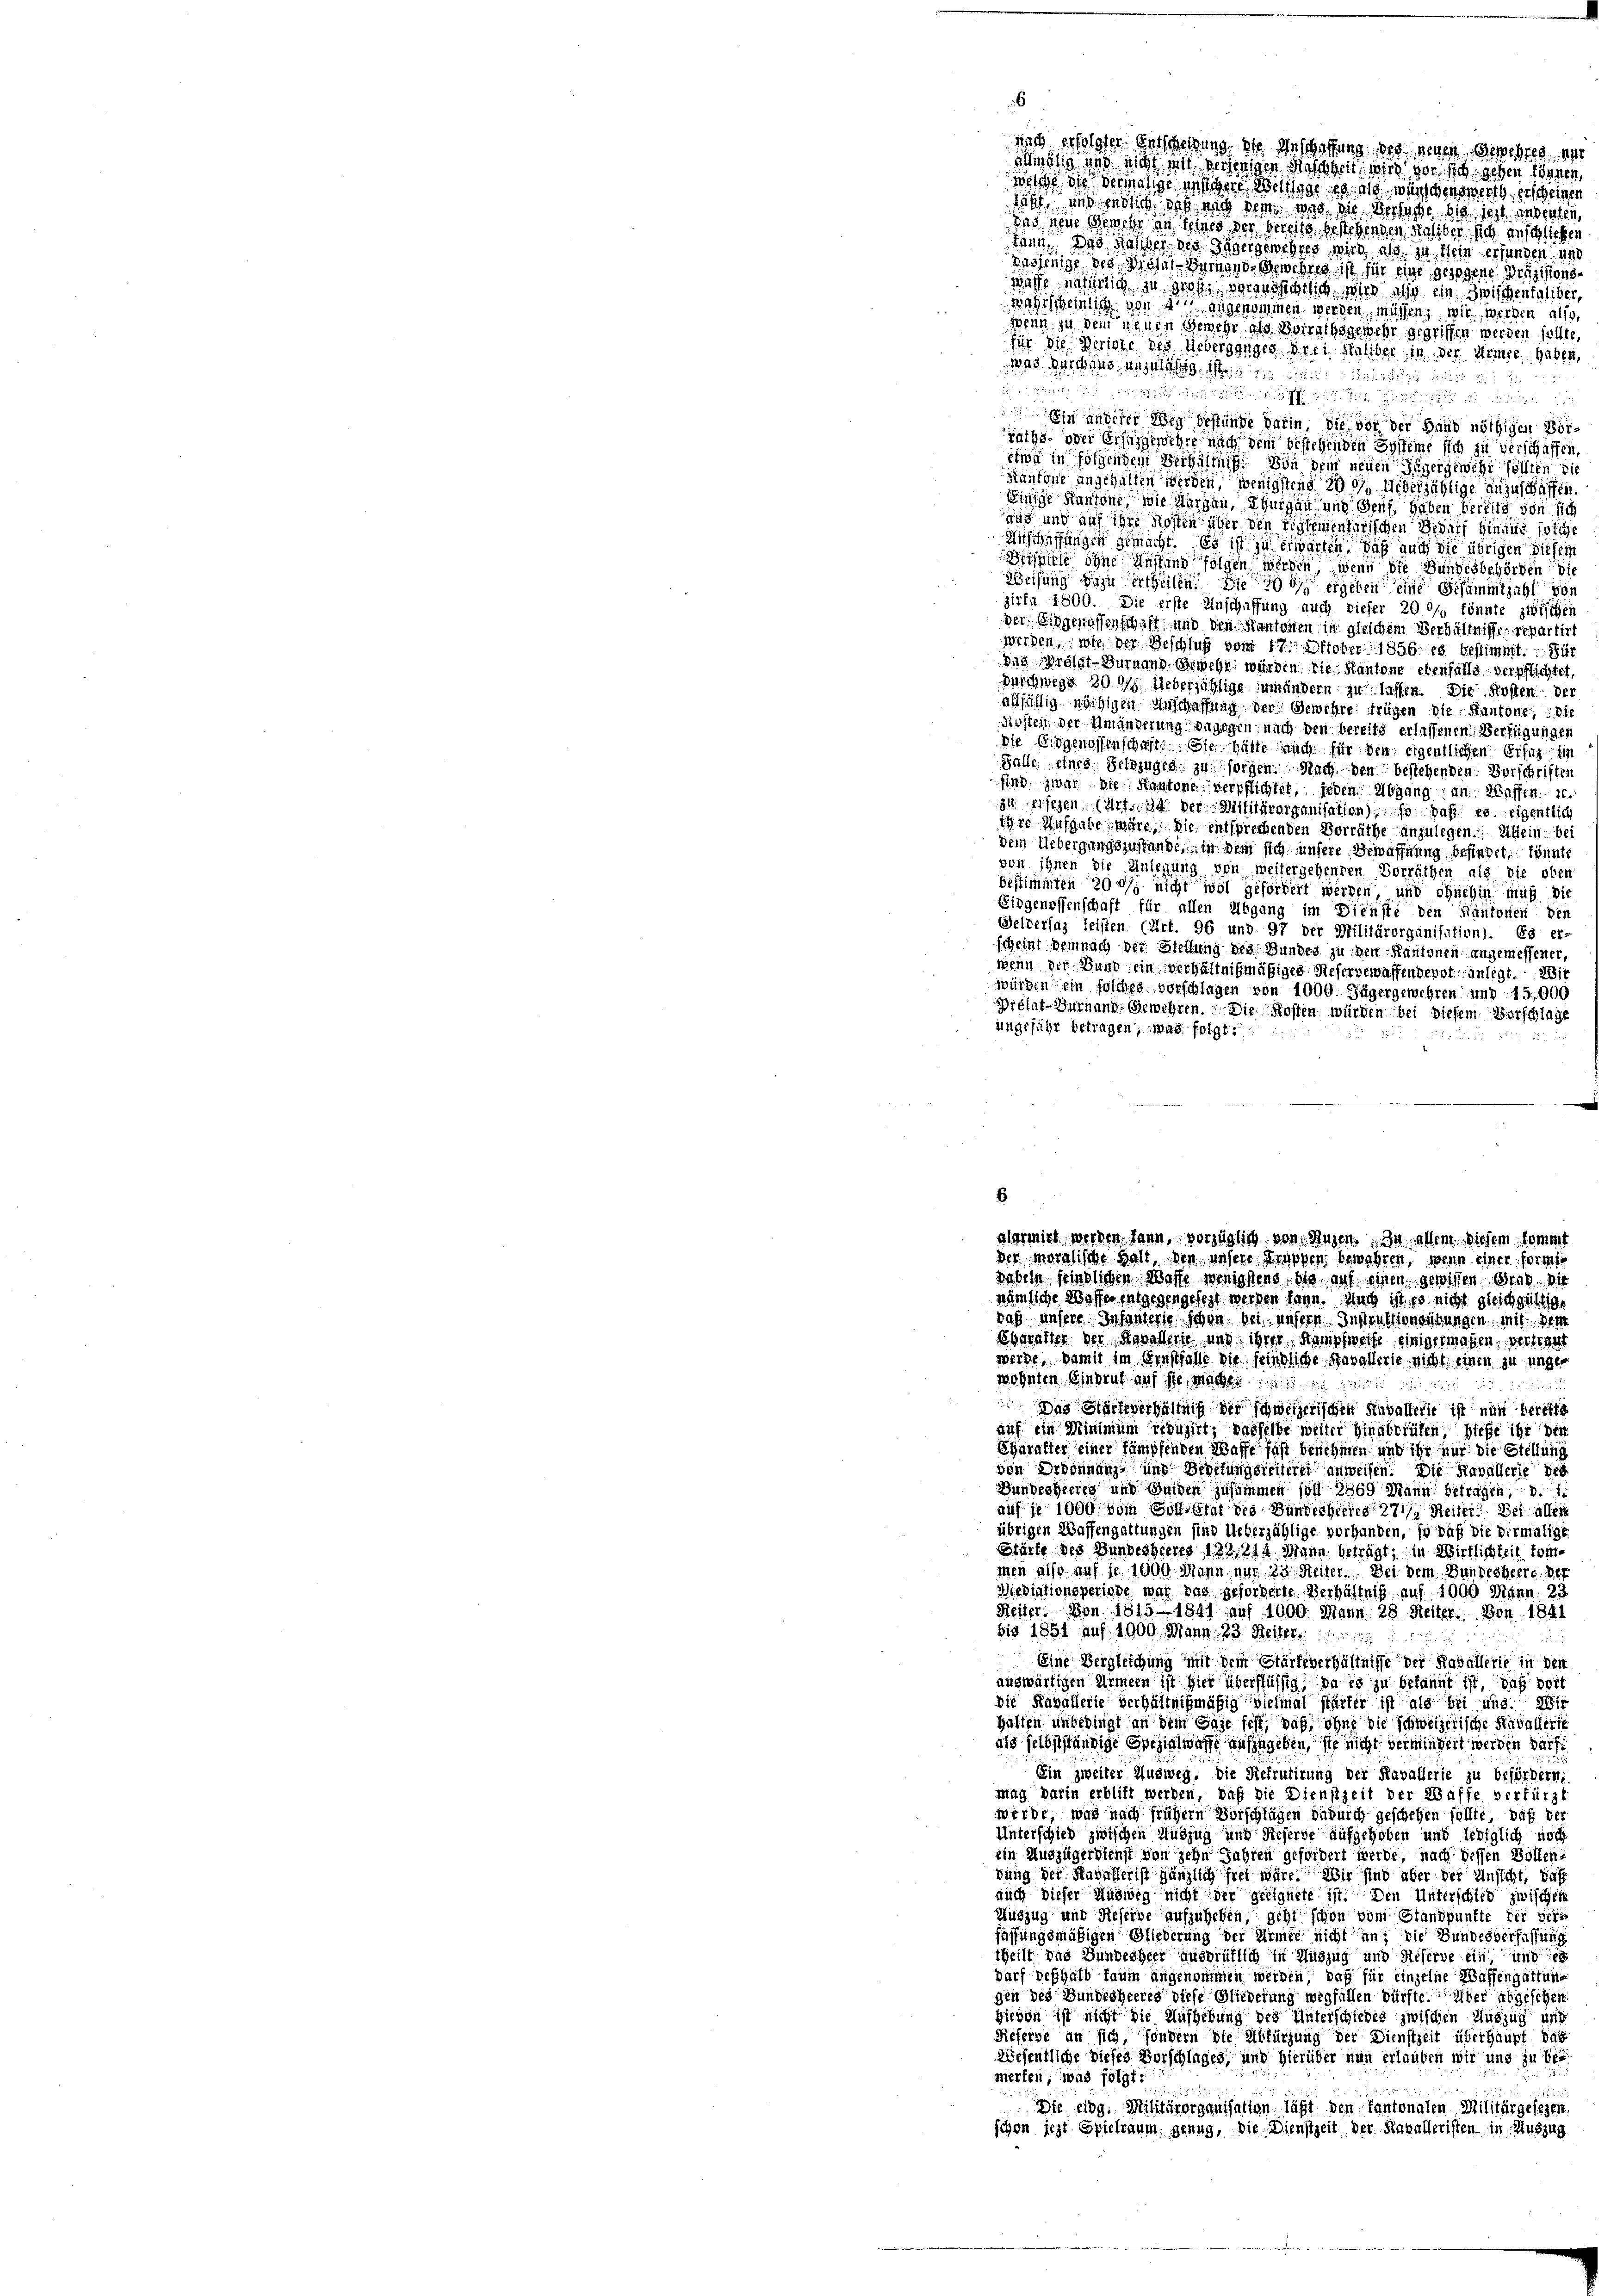
nach erfolgter Entscheidung, die Anschaffung des geben der ihres au
mälig und nicht mit derjenigen Maschheit wird vor sich gehen können,
welche die Vermalige unsere Welche es als wünschenswerth, erscheinen
tist, und endlich das und dem an die Versage bis ist anderten,
das neue Gewehr an seines der bereits gestehenden seliber, sich anschließen
kann. Das Halber des Ingergewehres wird als in klein erfunden, und
dasjenige des Moses demand, Gewehres ist für eine gezogene Präzisionswässe natürtig zu groß, vorausschrich wie also ein Zwischentaliber,
scheinlich von 47 angenommen werden, müssen, wie werden also,
wenn zu dem neuen Gewehr, als Vorrathsgewehr gegriffen werden sollte
für die Versone des Ueberganges drei Saliber in der Armee haben,
as Durchaus unzulässig ist diesen und in
 in de
in anderer Weg bestünde darin die vor der Hand nöthigen Vorräthe oder Ersuzgewehre nach dem bestehenden Systeme sich zu verschaffen,
etwa in folgenden Verhältnis. Von dem neuen Jägergewicht sollten die
Kantone angehalten werden, wenigstens 201. Ueberzählige anzuschaffen.
Einige Kantone, wie Margau, Thurgau und Genf, haben bereits von sich
und und auf ihre Kosten über den reglementarischen Bedarf hinwies solche
Anschaffungen gemacht. Es ist zu erwarten, daß auch die übrigen Sicher
ispiele ohne Anstand folgen werden, wenn die Bundesbehörden die
Weisung dazu ertheilen. Die doch ergeben eine Gesammtzahl von
zirfa 1800. Die erste Anschaffung auch dieser 20 °/o könnte zwischen
der Eidgenossenschaft und den Kantonen in gleichem Verhältnisses separtirt
werden, wie der Beschluß vom 17. Oktober 1856. es bestimmt. : Für
Das Prohal-Dürnen Gewehr wurden die Kantone ebenfalls verpflichtet
Durchwegs 201. Ueberzählige umändern zu lassen. Die Kosten der
allfällig nöthigen Anschaffung der Gewehre trügen die Kantone, die
Kosten, der Umänderung angegen nach den bereits erlassenen Verfügungen
Die Eidgenossenschaft. Sie hätte auch für den eigentlichen Erlag ein
Falle eines Herzagen zu sorgen. Nach den bestehenden Vorschriften
sind zwar die Kantone verpflichtet, jeden Abgang an Waffen. 10.
84. Dersezen Erfinde der Militärorganisation), so gab es eigentlich
tere Ausgabe wäre, die entsprechenden Vorräthe anzulegen. Allein be
dem Uebergangszustande, in dem sich unsere Bewaffnung befindet, könnte
von ihnen die Anlegung von weitergehenden Vorräthen als die ober
bestimmten 200 nicht wol gefordert werden, und ohnehin muß die
Eipgenossenschaft für allen Abgang im Dienste den Kantonen den
Geldersaz leisten (Art. 96 und 97 der Militärorganisation). Es er-
scheint demnach der Stellung des Bundes zu den Kantonen angemessener,
wenn der Bund ein verhältnißmäßiges Referbewaffenderet, anlegt. 211
würden ein solches vorschlagen von 1000. Jägergewehren und 15,000
Prélat-Turnand Gewehren. Die Rossen würden bei diesem Vorschlage
uangeführ betragen, was folgt

6

aormirt werden. dann, vorzüglich von Augen. In allem diesem kommt
der moralische Halt, den unsere Gruppen bewahren, wenn einer formi
Latein feindlichen Wasse wenigstens, die auf einen gewissen Grad die
nämliche Waffen entgegengelegt werden kann. Auch ist es nicht gleichgültige

daß unsere Infanterie schon bei unsern Instruktionsebungen mit der
Charakter der Kavallen und ihrer Kampfweise einigermaßen, vertiger
werde, damit im Ernstfalle die friedliche Kavallerle nicht einen zu unge
wohnten Eindruf auf sie, mache. 18
32
Zierr
 Das Harteverhältniß der schweizerischen Kavallerie ist nun bereite
auf ein Minimum reduzirt, dasselbe weiter hinabtrüfen hieße ihr der
Charakter einer kämpfenden Waffe fast benehmen und ihr nur die Stellung
von Ordonnung und Bedelungsleiterer anweisen. Die Kavallerie des
Bundesheeres und Beiden zusammen soll 2869 Mann betragen,
auf je 1000 vom Soll-Etat des Bunderheit 271) Reiter: Bei aller
übrigen Waffengattungen sind Ueberjählige vorhanden, so daß die vermalige
Stärte des Bundesheeres 122. 214. Mann beträgt; in Wirtlichkeit kommen also auf je 1000 Mann, nur 23. Seiter. Bei dem Bundesheere. Der
Wiediationsperinde war pas, geforderte. Verhältniß auf 1000 Mann 23
Reiter. Von 1815. 1941 auf 1000. Mann 28 Reiter. Von 1841
bis 1851 auf 1900. Mann 23. Reiter.
Eine Vergleichung mit dem Stärfeverhältnisse der Kavallerie in den
auswärtigen Armeen ist hier überflüssig, da es zu bekannt ist, daß vort
Die Kavallerie verhältnißmäßig vielmal stärker ist als bei uns. Wir
Hätten unbedingt an dem Gase fest, daß, ohne die schweizerische Kavalierte
als selbstständige Spezialwaffe aufzugeben, sie nicht vermindert werden darf.
Ein zweiter Ausweg, die Refrutirung der Kavallerie zu befördern,
mag darin erblift werden, daß die Dienstzeit der Waffe verfürst
werde, was nach frühern Vorschlägen dadurch geschehen sollte, daß der
Unterschied zwischen Auszug und Referte aufgehoben und lediglich noch
ein Auszügerdienst von zehn Jahren gefordert werde, nach dessen Wollen,
dung der Kavallerist gänzlich frei wäre. Wir sind aber der Unsicht, daß
auch dieser Müdwig nicht der geeignete ist. Den Unterschied zwischen
Auszug und Reserve aufzuheben, geht schon vom Standpunkte der ver
fassungsmäßigen Gliederung der Armee nicht an, die Bundesverfassung
theilt das Bundesheer ausdrüklich in Auszug und Reserve ein und es
darf deshalb kaum angenommen werden, daß für einzelne Waffengattung
gen des Bundesheeres diese Gliederung wegfällen dürfte. Aber abgeschen
Hievon ist nicht die Aufhebung des Unterschiebes zwischen Auszug und
Referbe an sich, sondern die Abfürzung der Dienstzeit überhaupt das
Wesentliche dieses Vorschlages, und hierüber nun erlauben wir und zu bei
merten, was folgt
11
Die eidg. Militärorganisation läßt den Cantonalen Militärgesezen
schon jezt Spielraum genug, die Dienstzeit der Kavalleristen in Auszug